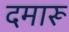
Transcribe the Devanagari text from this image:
दमारू